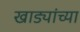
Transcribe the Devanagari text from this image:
खाड्यांच्या